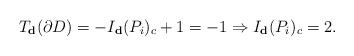
LaTeX: \begin{align*}T_{\textbf{d}}(\partial D)=-I_{\textbf{d}}(P_i)_{c}+1=-1 \Rightarrow I_{\textbf{d}}(P_i)_{c}=2.\end{align*}